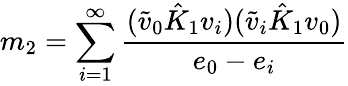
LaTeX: m_{2}=\sum_{i=1}^{\infty}\frac{(\tilde{v}_{0}\hat{K}_{1}v_{i})(\tilde{v}_{i}\hat{K}_{1}v_{0})}{e_{0}-e_{i}}